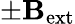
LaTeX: \pm\textbf{B}_{\mathrm{ext}}